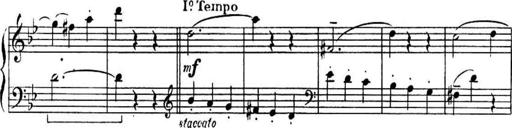
Title: Sonatines
Composer: Hedwige ChrÃ©tien